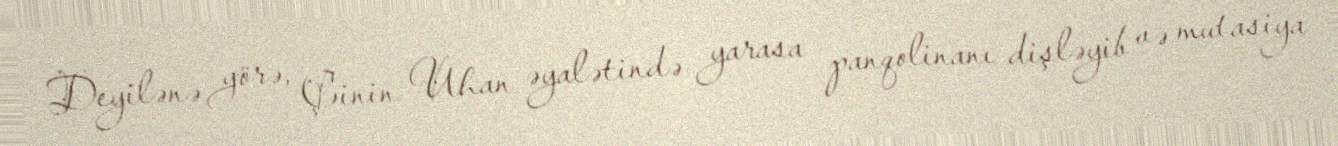
Deyilənə görə, Çinin Uhan əyalətində yarasa panqolinanı dişləyib və mutasiya